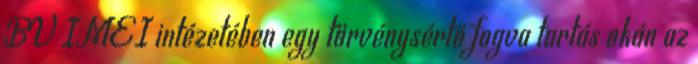
BV IMEI intézetében egy törvénysértő fogva tartás okán az